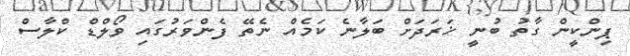
ޕިންކީން ގާތު ބުނީ ޚަރަދަށް ބަލާނެ ކަމެއް ނެތޭ ފެންވަރުގައި ވޯލްޑް ކްލާސް